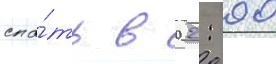
спа́ть в 02: 00